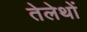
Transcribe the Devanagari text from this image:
तेलेथों